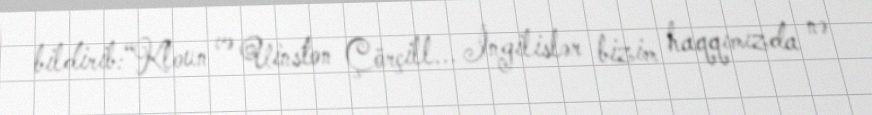
bildirib:“Kloun və Uinston Çörçill... İngilislər bizim haqqımızda nə